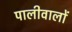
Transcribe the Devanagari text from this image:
पालीवालों